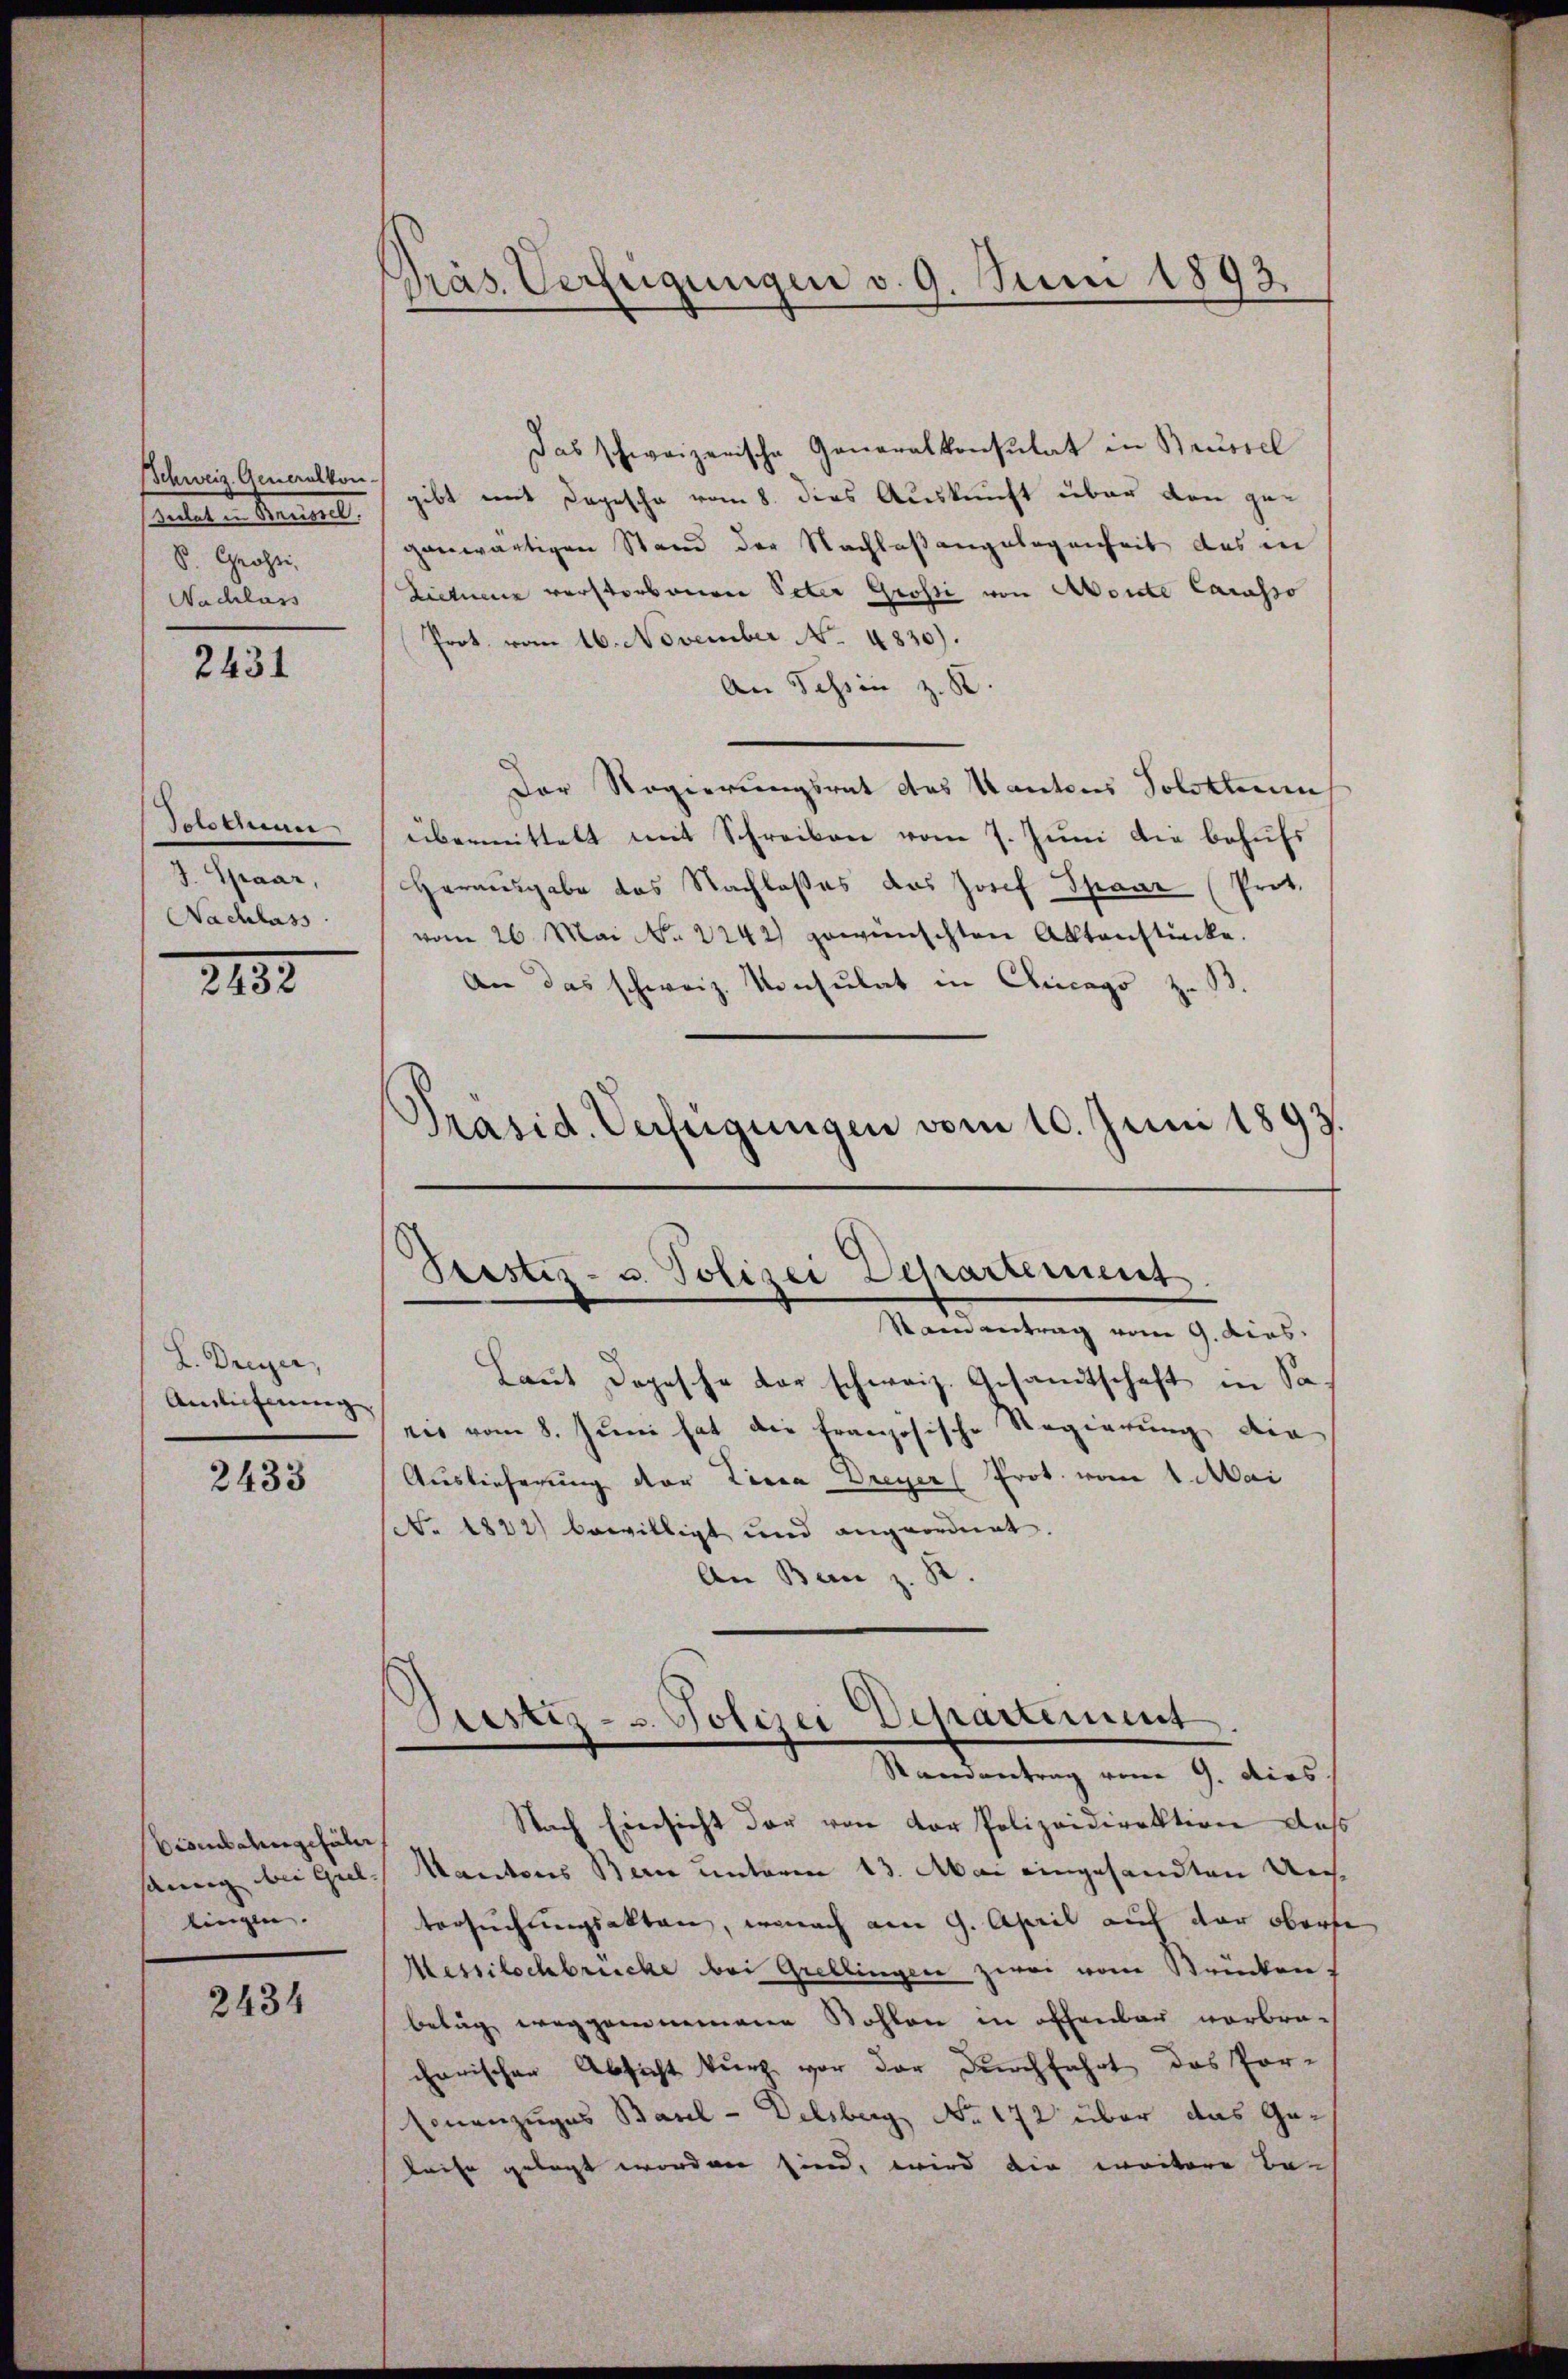
Sietet in Breissel.
S. Grossi
Nachlass

2431

Sontan
J. Spaar,
Nachlass

2132

d. Dieser
Anlieferung

2433

Bisenbahngefäl
sämig bei Gel
tingen. |

2434

Präs. Verfügungen v. 9. Juni 1893.

Das schweizerische Generalkonsulat in Brüssel
Schweiz. Generalten gibt mit Dogesche vom 8. dies Auskunft über den geganwärtigen Stand der Nachlaßangelegenheit des in
Zictum verstorbenen Peter Grossi von Aborte Carasso
Prot. vom 16. November No. 4830).
An Tessin z. B.
Der Regierungsrat des Kantons Solothur
übermittelt mit Schreiben vom 7. Juni die behufs
Herausgabe das Nachlasses das Josef Spaar (Prot.
vom 26. Mai No 2242) gewünschten Aktenstücke.
An das schweiz. Konsulat in Chicago z.
Präsid. Verfügungen vom 10. Juni 1893.

Stestiz- u. Polizei Departement.

Samantrag vom 9. dies
Laut Depesche der schweiz. Gesamtschaft in Sa
ris vom 8. Juni hat die Französische Regierung der
Auslieferung der Linea Dreyer Prot. vom 1. Mai
No 4842) bewilligt und angeordnet.
An Ban z. B.
Nach Einsicht der von der Polizeidirektion des
Mantons Bern unterm 13. Mai eingesandten Uechtersuchungsakten, wonach am 9. April auf der oberse
Messilochbrücke bei Grellingen zwei vom Brücken.
betag weggenommene Sohlen in offenbar vorbracharischen Absicht kurz vor der Durchfahrt das Por-
Einanzuges Basel-Delsberg No. 172 über das Ge¬
Reise gelegt worden sind, wird die weitere Be¬

restiz- u. Polizei Departement.
Randantrag vom 9. dies.